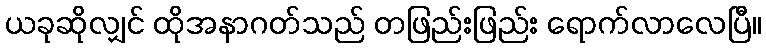
ယခုဆိုလျှင် ထိုအနာဂတ်သည် တဖြည်းဖြည်း ရောက်လာလေပြီ။